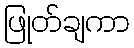
ဖြုတ်ချကာ